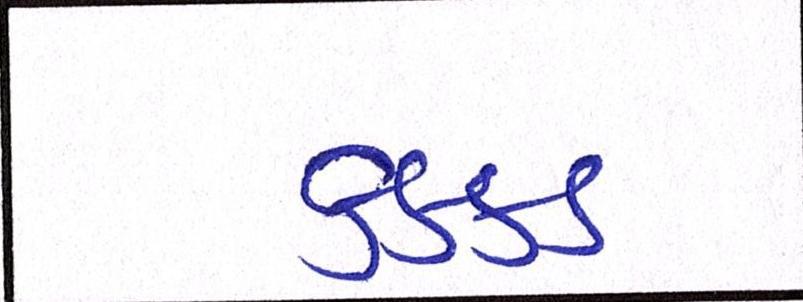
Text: કક્કડ